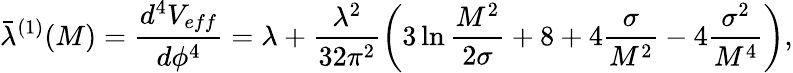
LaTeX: \bar{\lambda}^{(1)}(M)=\frac{d^{4}V_{eff}}{d\phi^{4}}=\lambda+\frac{\lambda^{2}}{32\pi^{2}}\left(3\ln\frac{M^{2}}{2\sigma}+8+4\frac\sigma{M^{2}}-4\frac{\sigma^{2}}{M^{4}}\right),